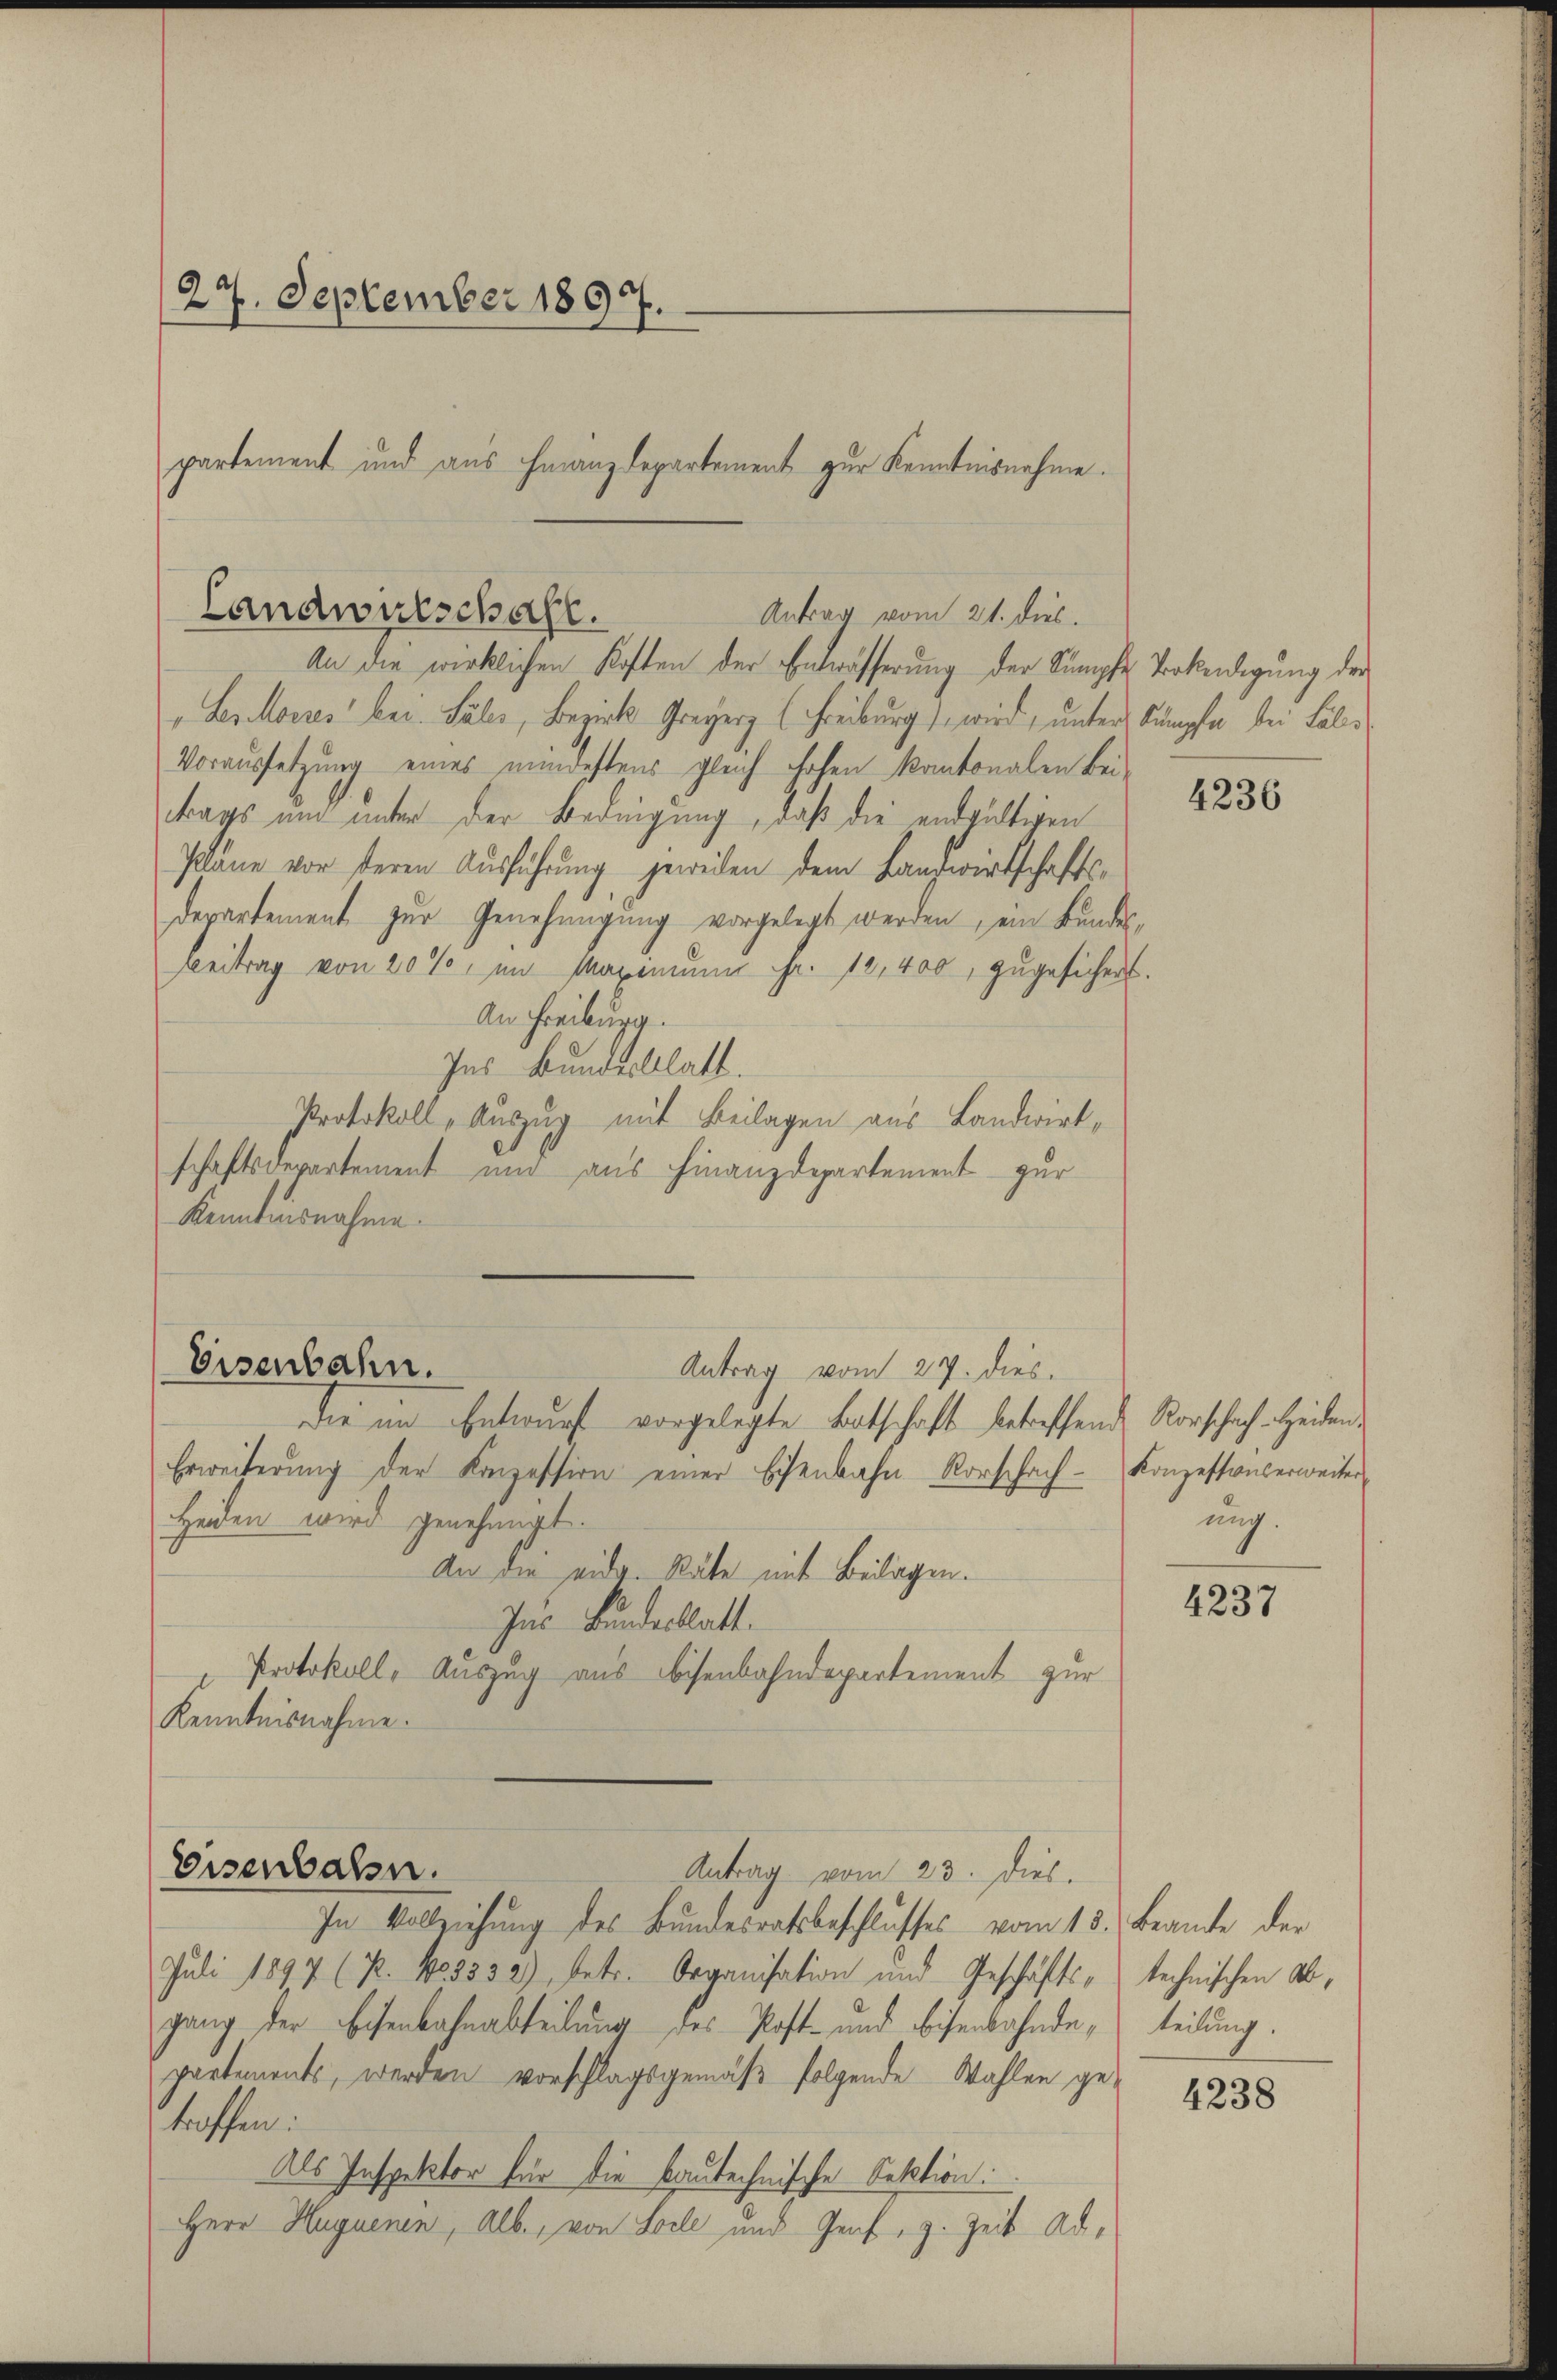
27. September 1897.
partement und aus Finanzdepartement zur Kenntnisnahme.

Landwulschaft.
Antrag vom 21. dies.

An die wirklichen Kosten der Entwässerung der Sumpfe Verkendigung der
Lskorres“ bei. Sales, Bezirk Greyerz (Freiburg) wird, unters Kämpfe bei Fäl¬
Voraussetzung eines mindestens gleich hohen kantonalen Beitrags und unter der Bedingung, daß die endgültigen
Pläne vor steren Ausführung jeweilen dem Landwirtschaftsdepartement zur Genehmigung vorgelegt werden, ein Bundes¬
Beitrag von 20%, im Maximum Fr. 12,400, zugesichert.
An Freiburg.
Ins Bundesblatt.
Protokoll, Auszug mit Beilagen aus Landwirtschaftsdepartement und aus Finanzdepartement zur
Kenntnisnahme.
Eisenbahn.
Antrag vom 27. dies
die und Entwurf vorgelegte Fortschaft betreffend Vorschach Heiden
Erweiterŭng der Konzession einer Eisenbahn Rorschach-Konzessionserweiter
Heiden wird genehmigt.
An die eidg. Räte mit Beilagen.
Jac. Bundesblatt.
Protokoll, Auszug aus Eisenbahndepartement zur
Kenntnisnahme.

Eisenbahn.
Antrag vom 23. Dies

In Vollziehung des Bundesrathsbeschlusses vom 13. Beante der
Juli 1897 (7. No. 3332), betr. Organisation und Geschäfts-technischen Ab-
gang der Eisenbahnabteilung des Post- und Eisenbahnde, teilung.
partements, werden vorschlagsgemäß folgende Wahlen getroffen:
Als Inspektor für die bautechnische Sektion:
Herr Huguenen, Alb., von Seele und Genf, z. Zeit Ad¬

4236

ung.

4237

4238